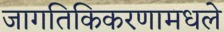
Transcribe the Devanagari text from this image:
जागतिकिकरणामधले